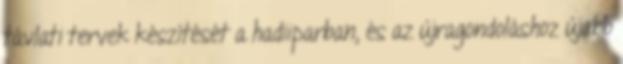
távlati tervek készítését a hadiiparban, és az újragondoláshoz újabb